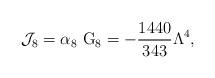
LaTeX: \begin{align*}{\cal J}_{8}=\alpha _{8}~{\rm G}_{8}=-\frac{1440}{343}\Lambda ^{4},\end{align*}